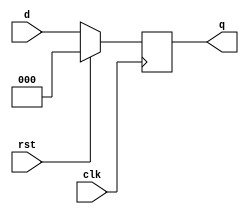
`timescale 1ns / 1ps

module dff3bit (clk,rst,d,q);
  input clk;
  input rst;
  input[2:0] d;
  output reg[2:0] q;

  always @(posedge clk)
		begin
		  if(rst==1) 
			begin
				q<=0;
			end
		  else 
			begin 
				q<=d;
			end
		end

endmodule